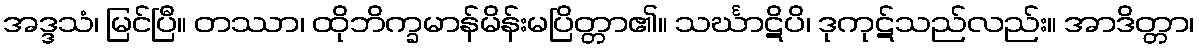
အဒ္ဒသံ၊ မြင်ပြီ။ တဿာ၊ ထိုဘိက္ခမာန်မိန်းမပြိတ္တာ၏။ သင်္ဃာဋိပိ၊ ဒုကုဋ်သည်လည်း။ အာဒိတ္တာ၊